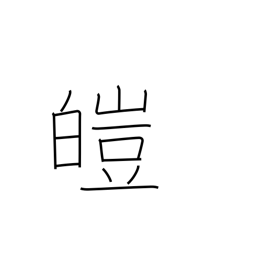
Meaning: white